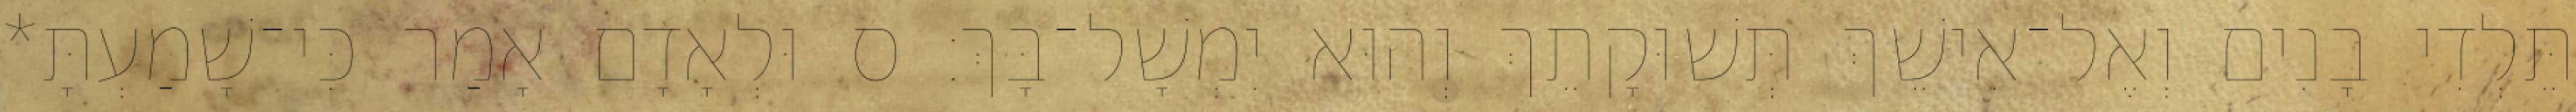
תֵּלְדִי בָנִים וְאֶל־אִישֵׁךְ תְּשׁוּקָתֵךְ וְהוּא יִמְשָׁל־בָּךְ׃ ס וּלְאָדָם אָמַר כִּי־שָׁמַעְתָּ*